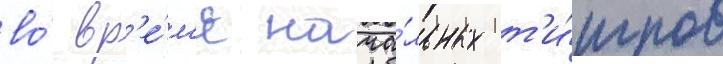
во́ вр'е́м'я нача́льных т'и́тров